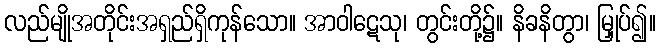
လည်မျိုအတိုင်းအရှည်ရှိကုန်သော။ အာဝါဋေသု၊ တွင်းတို့၌။ နိခနိတွာ၊ မြှုပ်၍။